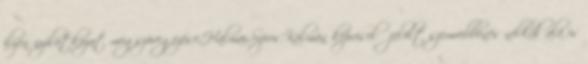
ilyen nyilatkozat megszövegezése,Halmai,Sipos,Kálmán képviselő jelölt szemrebbenés nélkül alá is